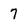
Character: 7